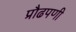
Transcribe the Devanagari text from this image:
प्रौढपणी